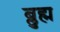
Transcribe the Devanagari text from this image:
ब्लुह्म